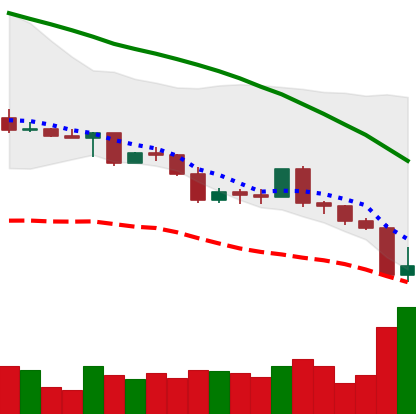
Ticker: LINK-USD
Chart end date: 2022-05-10
Forward return: -7.494%
Label: down_7plus